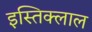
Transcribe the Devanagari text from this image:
इस्तिक्लाल